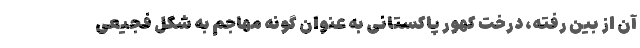
آن از بین رفته، درخت کهور پاکستانی به عنوان گونه مهاجم به شکل فجیعی